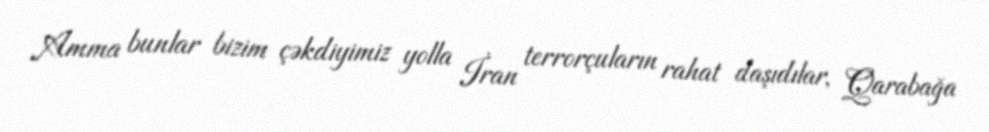
Amma bunlar bizim çəkdiyimiz yolla İran terrorçuların rahat daşıdılar, Qarabağa